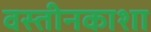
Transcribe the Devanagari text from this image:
वस्तीनकाशा